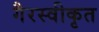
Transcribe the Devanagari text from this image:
गैरस्वीकृत